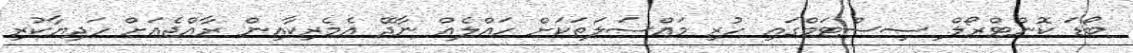
ބޯޑަ ކޮންޓްރޯލް ސިސްޓަމްގައި ހުރި މައްސަލަތަކަށް ހައްލެއް ނާދޭ އެމެރިކާއިން ރާއްޖެއަށް ހަދިޔާކުރި